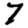
Digit: 7